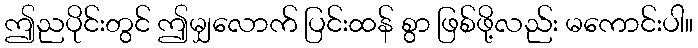
ဤညပိုင်းတွင် ဤမျှလောက် ပြင်းထန် စွာ ဖြစ်ဖို့လည်း မကောင်းပါ။